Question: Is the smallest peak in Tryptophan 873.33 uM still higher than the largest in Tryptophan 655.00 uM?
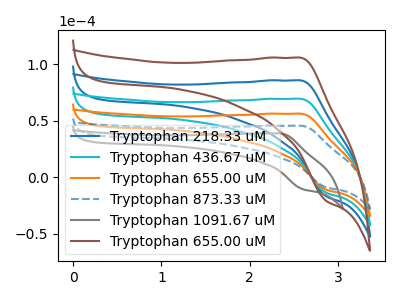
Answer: <think>The blue curve "Tryptophan 218.33 uM" has an anodic peak at (2.55V, 168.30uA) and a cathodic peak at (2.85V, -33.75uA). The cyan curve "Tryptophan 436.67 uM" has an anodic peak at (2.55V, 112.20uA) and a cathodic peak at (2.85V, -22.50uA). The orange curve "Tryptophan 655.00 uM" has an anodic peak at (2.55V, 56.10uA) and a cathodic peak at (2.85V, -11.25uA). The blue dashed curve "Tryptophan 873.33 uM" has an anodic peak at (2.55V, 45.40uA) and a cathodic peak at (2.85V, -9.10uA). The gray curve "Tryptophan 1091.67 uM" has an anodic peak at (2.35V, 38.65uA) and a cathodic peak at (2.60V, -10.85uA). The brown curve "Tryptophan 655.00 uM" has an anodic peak at (2.55V, 224.35uA) and a cathodic peak at (2.85V, -45.00uA).</think>
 <answer>Every peak in "Tryptophan 873.33 uM" is lower than every peak in "Tryptophan 655.00 uM".</answer>
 <eval>lower</eval>